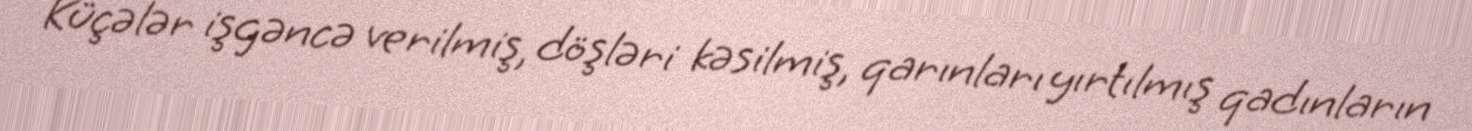
Küçələr işgəncə verilmiş, döşləri kəsilmiş, qarınları yırtılmış qadınların